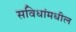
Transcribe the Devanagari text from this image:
सविधांमधील